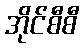
အိုင်စီစီ